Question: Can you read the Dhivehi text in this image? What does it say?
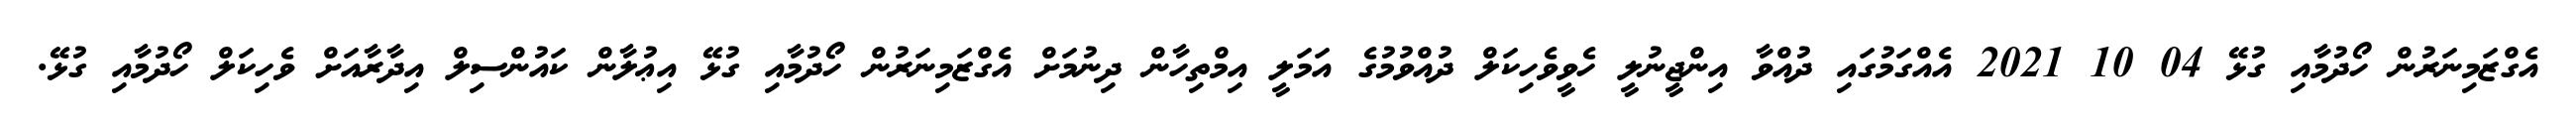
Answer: އެގްޒަމިނަރުން ހޯދުމާއި ގުޅޭ 04 10 2021 އެއްގަމުގައި ދުއްވާ އިންޖީނުލީ ހެވީވެހިކަލް ދުއްވުމުގެ އަމަލީ އިމްތިހާން ދިނުމަށް އެގްޒަމިނަރުން ހޯދުމާއި ގުޅޭ އިޢުލާން ކައުންސިލް އިދާރާއަށް ވެހިކަލް ހޯދުމާއި ގުޅޭ.